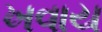
ખવાય